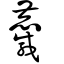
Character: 麙